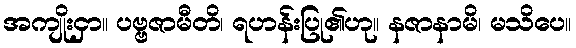
အကျိုးငှာ။ ပဗ္ဗဇာမီတိ၊ ရဟန်းပြု၏ဟု။ နဇာနာမိ၊ မသိပေ။